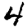
Digit: 4